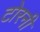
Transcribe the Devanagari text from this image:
टोरनी